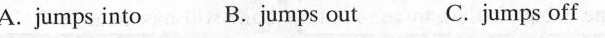
A. jumps into B. Jumps out C. Jumps off